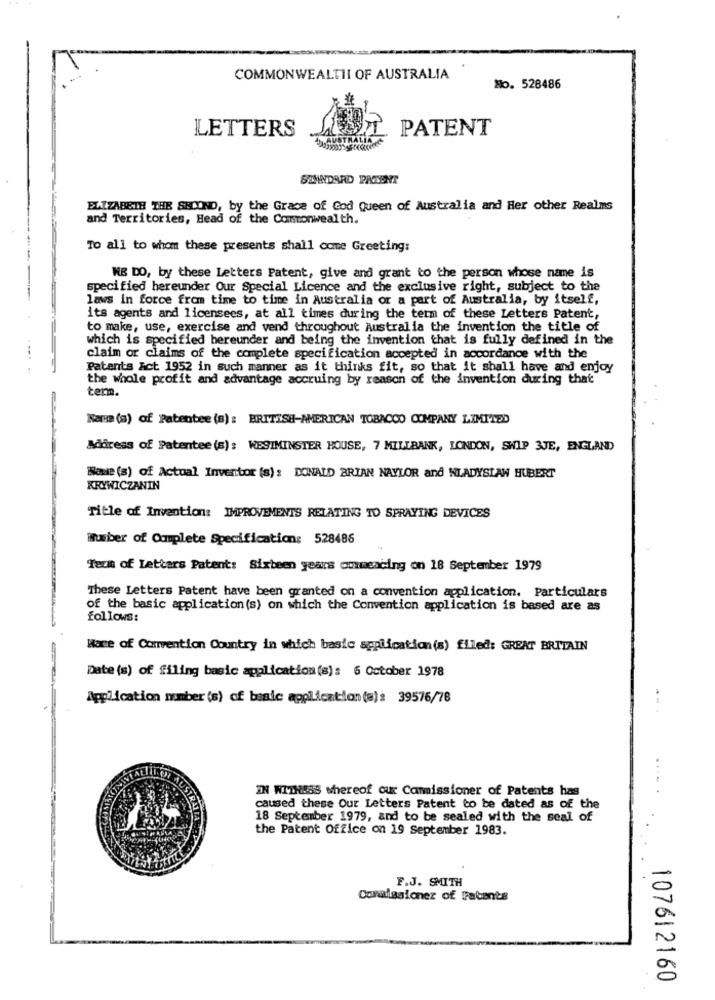
COMMONWEALTHI OF AUSTRALIA
No. 528486
LETTERS
PATENT
JUSTH
STANDARD PATENT
ELIZABETH THE SECOND, by the Grace of God Queen of Australia and Her other Realms
and Territories, Head of the Commonwealth.
To all to whom these presents shall come Greeting:
NE DO, by these Letters Patent, give and grant to the person whose name is
specified hereunder Our Special Licence and the exclusive right, subject to the
laws in force from time to time in Australia or a part of Australia, by itself,
its agents and licensees, at all times during the term of these Letters Patent,
to make, use, exercise and vend throughout Australia the invention the title of
which is specified hereunder and being the invention that is fully defined in the
claim or claims of the complete specification accepted in accordance with the
Patents Act 1952 in such manner as it thinks fit, so that it shall have and enjoy
the whole profit and advantage accruing by reason of the invention during that
term.
Name (a) of Patentee (s) : BRITISH-AMERICAN TOBACCO COMPANY LIMITED
Address of Patentee (s): WESTMINSTER HOUSE, 7 MILLBANK, LONDON, SWIP 3JE, ENGLAND
Nawe (s) of Actual Inventor (s): DONALD BRIAN NAYLOR and WLADYSLAW HUBERT
KRYWICZANIN
Title of Invention: IMPROVEMENTS RELATING TO SPRAYING DEVICES
Number of Complete Specification: 528486
Term of Letters Patent: Sixteen years ommeacing on 18 September 1979
These Letters Patent have been granted on a convention application. Particulars
of the basic application(s) on which the Convention application is based are as
follows:
Hace of Convention Country in which basic application(s) filed: GREAT BRITAIN
Date (s) of filing basic application(s): 6 October 1978
Application mmber (s) of basic application (a): 39576/78
IN WITNESS whereof our Commissioner of Patents has
caused these Our Letters Patent to be dated as of the
18 September 1979, and to be sealed with the seal of
the Patent Office on 19 September 1983.
F.J. SMITH
Commissioner of Fabants
107612160